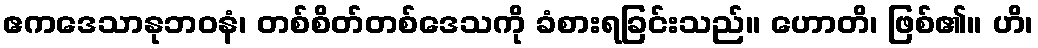
ဧကဒေသာနုဘဝနံ၊ တစ်စိတ်တစ်ဒေသကို ခံစားရခြင်းသည်။ ဟောတိ၊ ဖြစ်၏။ ဟိ၊